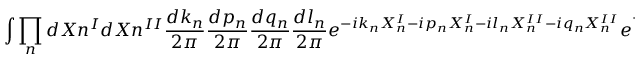
\int \prod _ { n } d X { n } ^ { I } d X { n } ^ { I I } \frac { d k _ { n } } { 2 \pi } \frac { d p _ { n } } { 2 \pi } \frac { d q _ { n } } { 2 \pi } \frac { d l _ { n } } { 2 \pi } e ^ { - i k _ { n } X _ { n } ^ { I } - i p _ { n } X _ { n } ^ { I } - i l _ { n } X _ { n } ^ { I I } - i q _ { n } X _ { n } ^ { I I } } e ^ { - \sum _ { m > 0 } ( \frac { k _ { m } ^ { 2 } } { 4 \omega _ { m } } + \frac { p _ { m } ^ { 2 } } { 4 \omega _ { m } } + \frac { l _ { m } ^ { 2 } } { 4 \omega _ { m } } + \frac { q _ { m } ^ { 2 } } { 4 \omega _ { m } } ) }